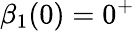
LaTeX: \beta_{1}(0)=0^{+}